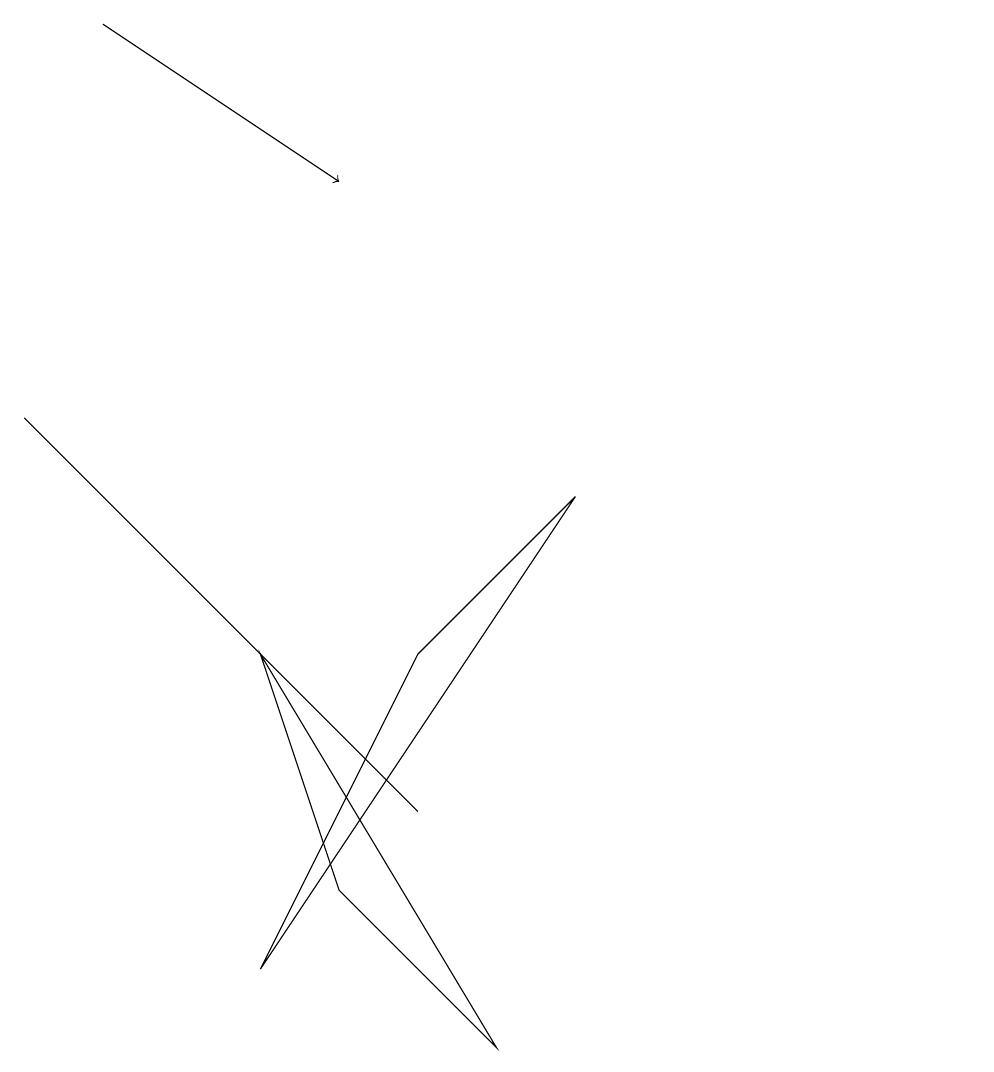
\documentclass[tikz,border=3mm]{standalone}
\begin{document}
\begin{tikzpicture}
\draw (12,10) circle (0);
\draw (3,2) -- (7,8) -- (5,6) -- cycle;
\draw[->] (1,14) -- (4,12);
\draw (4,3) -- (6,1) -- (3,6) -- cycle;
\draw (0,9) -- (4,5) -- (5,4) -- cycle;
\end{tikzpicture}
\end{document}